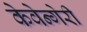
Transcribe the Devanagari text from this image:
केवेन्गेरी